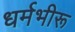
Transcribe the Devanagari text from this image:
धर्मभीरू